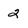
Character: 2